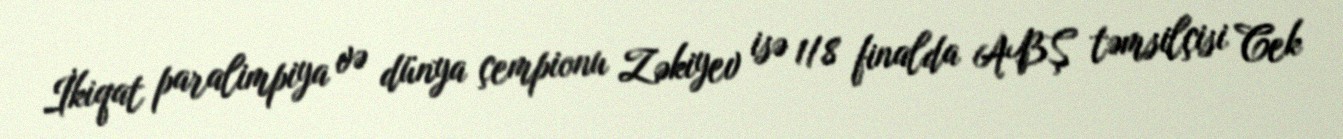
İkiqat paralimpiya və dünya çempionu Zəkiyev isə 1/8 finalda ABŞ təmsilçisi Cek